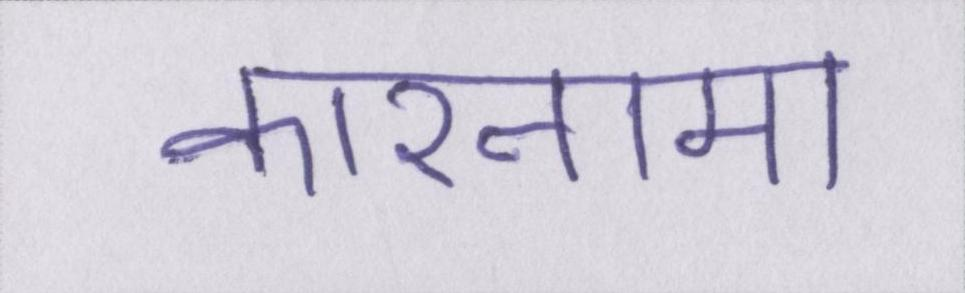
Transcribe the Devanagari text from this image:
कारनामा